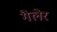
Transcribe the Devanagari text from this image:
गैलेर